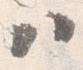
ハ